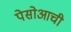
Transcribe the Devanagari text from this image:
पेसोआची